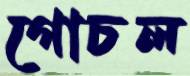
গোচল